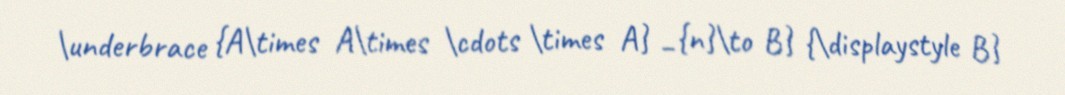
\underbrace {A\times A\times \cdots \times A} _{n}\to B} {\displaystyle B}